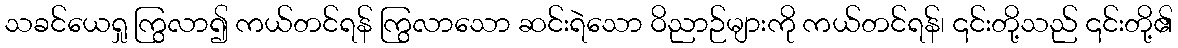
သခင်ယေရှု ကြွလာ၍ ကယ်တင်ရန် ကြွလာသော ဆင်းရဲသော ဝိညာဉ်များကို ကယ်တင်ရန်၊ ၎င်းတို့သည် ၎င်းတို့၏